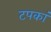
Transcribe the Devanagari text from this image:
टपकां